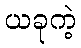
ယခုကဲ့